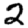
Digit: 2